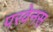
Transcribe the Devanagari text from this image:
परवेनस